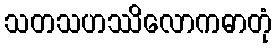
သတသဟဿိလောကဓာတုံ